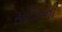
સચિનની